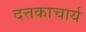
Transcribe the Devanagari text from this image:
दत्तकाचार्य